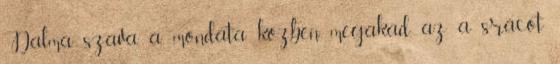
Dalma szava a mondata közben megakad, az a srácot